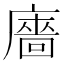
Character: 廧